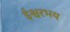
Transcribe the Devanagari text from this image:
ईश्वरभय